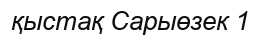
қыстақ Сарыөзек 1